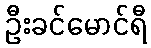
ဦးခင်မောင်ရီ